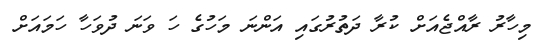
މިހާރު ރާއްޖެއަށް ކުރާ ދަތުރުގައި އަންނަ މަހުގެ ހަ ވަނަ ދުވަހާ ހަމައަށް